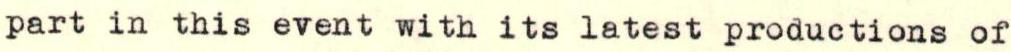
part in this event with its latest productions of